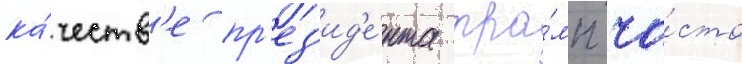
ка́честв'е пр'ез'ид'е́нта тра́мп ча́сто